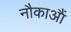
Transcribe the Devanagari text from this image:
नौकाआैं